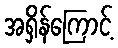
အရှိန်ကြောင့်